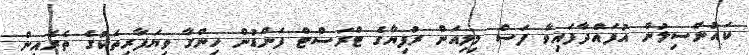
ކައުންސިލުން އުފައްދާފައިވާ ފަސް މިލިއަން ރުފިޔާގެ ޓްރަސްޓް ފަންޑުން ހިންގާ ވިޔަފާރިތަކުގެ ތެރެއިން